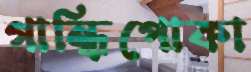
গান্ধিপোকা